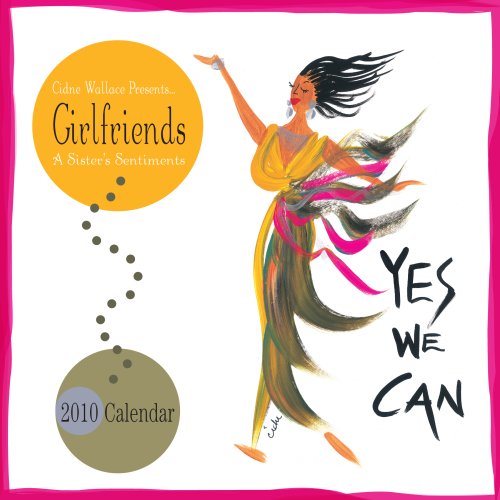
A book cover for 2010 Girlfriends, a Sisters Sentiments Wall Calendar; Shades of Color; Calendars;